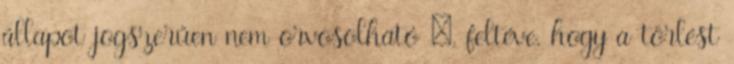
állapot jogszerűen nem orvosolható –, feltéve, hogy a törlést